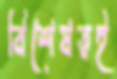
বিশেষত্বই